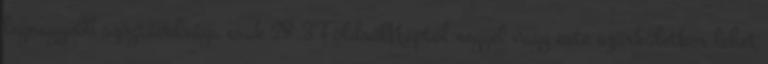
legnagyobb szögtávolsága csak 28,3°FöldrőlNaptól reggel vagy este szürkületkor lehet